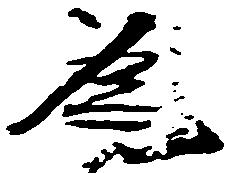
為